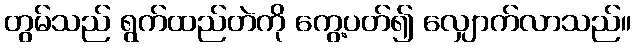
တွမ်သည် ရွက်ထည်တဲကို ကွေ့ပတ်၍ လျှောက်လာသည်။